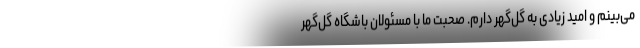
می‌بینم و امید زیادی به گل‌گهر دارم. صحبت ما با مسئولان باشگاه گل‌گهر